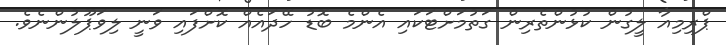
ޕްރިމިއާ ލީގުން ކުޅުންތެރިން ގަތުމަށްޓަކައި އެންމެ ބޮޑު ހޭދައެއް ކޮށްފައި ވަނީ ލިވަޕޫލުންނެވެ.